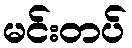
မင်းတပ်